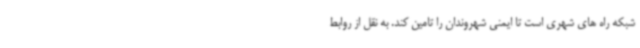
شبکه راه های شهری است تا ایمنی شهروندان را تامین کند. به نقل از روابط